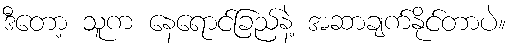
ဒီတော့ သူက နေရောင်ခြည်နဲ့ အဆာချက်နိုင်တာပဲ။